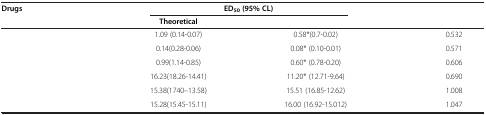
<table><thead><tr><td><b>Drugs</b></td><td colspan="2"><b>ED<sub>50</sub>(95% CL)</b></td><td>[EMPTY_CELL]</td></tr><tr><td>[EMPTY_CELL]</td><td><b>Theoretical</b></td><td>[EMPTY_CELL]</td><td>[EMPTY_CELL]</td></tr></thead><tbody><tr><td>[EMPTY_CELL]</td><td>1.09 (0.14-0.07)</td><td>0.58*(0.7-0.02)</td><td>0.532</td></tr><tr><td>[EMPTY_CELL]</td><td>0.14(0.28-0.06)</td><td>0.08* (0.10-0.01)</td><td>0.571</td></tr><tr><td>[EMPTY_CELL]</td><td>0.99(1.14-0.85)</td><td>0.60* (0.78-0.20)</td><td>0.606</td></tr><tr><td>[EMPTY_CELL]</td><td>16.23(18.26-14.41)</td><td>11.20* (12.71-9.64)</td><td>0.690</td></tr><tr><td>[EMPTY_CELL]</td><td>15.38(1740–13.58)</td><td>15.51 (16.85-12.62)</td><td>1.008</td></tr><tr><td>[EMPTY_CELL]</td><td>15.28(15.45-15.11)</td><td>16.00 (16.92-15.012)</td><td>1.047</td></tr></tbody></table>